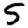
Digit: 5